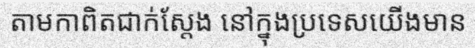
តាមកាពិតជាក់ស្តែង នៅក្នុងប្រទេសយើងមាន